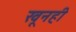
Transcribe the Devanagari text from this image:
खूनही